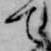
て